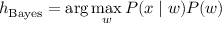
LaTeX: h _ { \mathrm { B a y e s } } = \arg \operatorname* { m a x } _ { w } P ( x \mid w ) P ( w )